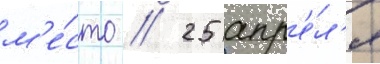
м'е́сто // 25 апр'е́л'я